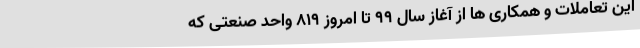
این تعاملات و همکاری ها از آغاز سال 99 تا امروز 819 واحد صنعتی که